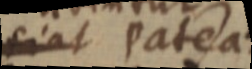
siat pateat